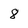
Character: 8